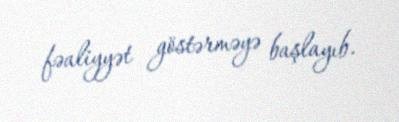
fəaliyyət göstərməyə başlayıb.